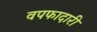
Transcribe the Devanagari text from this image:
वपफादारी